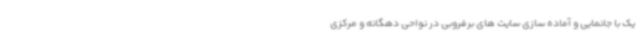
یک با جانمایی و آماده سازی سایت های برفروبی در نواحی دهگانه و مرکزی